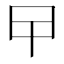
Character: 曱